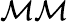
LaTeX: \mathcal{M}\mathcal{M}